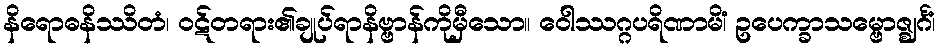
နိရောဓနိဿိတံ၊ ဝဋ်တရား၏ချုပ်ရာနိဗ္ဗာန်ကိုမှီသော။ ဝေါဿဂ္ဂပရိဏာမိံ၊ ဥပေက္ခာသမ္ဗောဇ္ဈင်္ဂံ၊